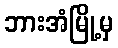
ဘားအံမြို့မှ